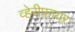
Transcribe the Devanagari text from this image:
व्हेरीफायर